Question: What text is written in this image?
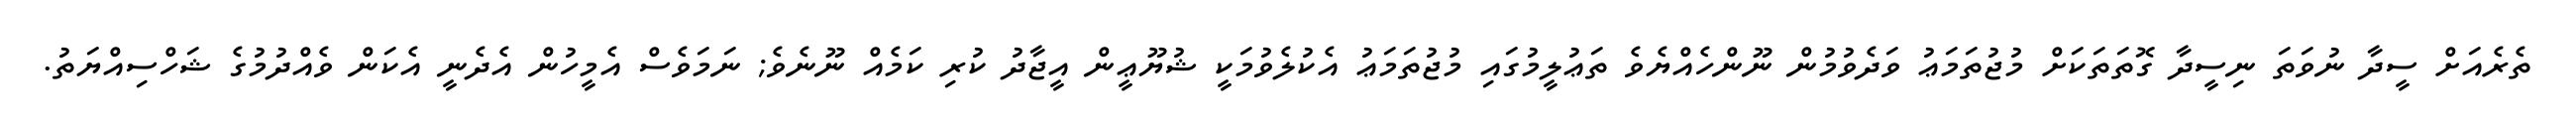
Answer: ތެރެއަށް ސީދާ ނުވަތަ ނިސީދާ ގޮތަތަކަށް މުޖުތަމަޢު ވަދެވުމުން ނޫންހެއްޔެވެ ތަޢުލީމުގައި މުޖުތަމަޢު އެކުލެވުމަކީ ޝުޔޫޢީން އީޖާދު ކުރި ކަމެއް ނޫނެވެ; ނަމަވެސް އެމީހުން އެދެނީ އެކަން ވެއްދުމުގެ ޝަހްސިއްޔަތު.